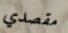
مقصدي